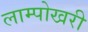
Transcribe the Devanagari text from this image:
लाम्पोखरी